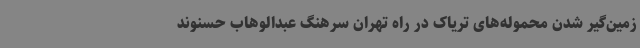
زمین‌گیر شدن محموله‌های تریاک در راه تهران سرهنگ عبدالوهاب حسنوند